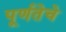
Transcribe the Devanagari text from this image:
पूर्णतेचे